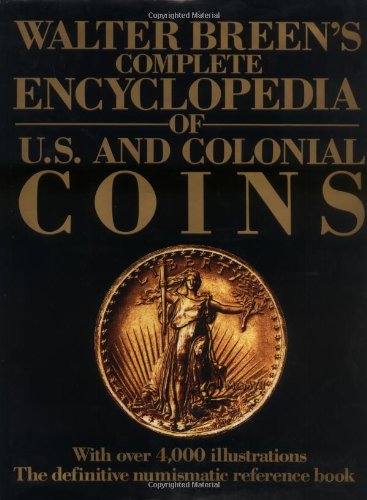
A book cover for Walter Breen's Complete Encyclopedia of U.S. and Colonial Coins; Walter Breen; Reference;